Report on the cultivation of protesoma, Labbé, in grey mosquitoes
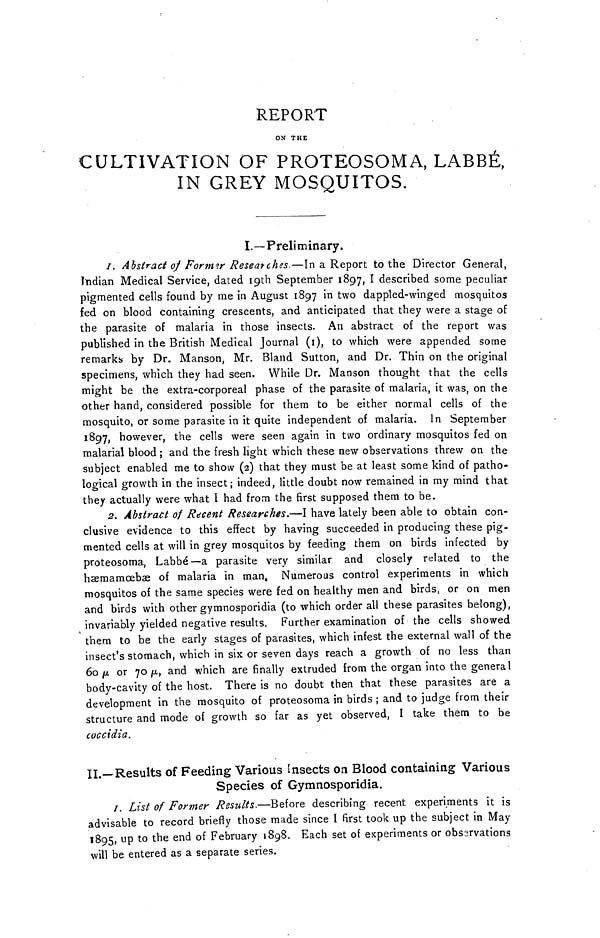
REPORT
ON THE
CULTIVATION OF PROTEOSOMA, LABBÉ,
IN GREY MOSQUITOS.
I.—Preliminary.
I. Abstract of Former Researches.—In a Report to the Director General,
Indian Medical Service, dated 19th September 1897, I described some peculiar
pigmented cells found by me in August 1897 in two dappled-winged mosquitos
fed on blood containing crescents, and anticipated that they were a stage of
the parasite of malaria in those insects. An abstract of the report was
published in the British Medical Journal (I), to which were appended some
remarks by Dr. Manson, Mr. Bland Sutton, and Dr. Thin on the original
specimens, which they had seen. While Dr. Manson thought that the cells
might be the extra-corporeal phase of the parasite of malaria, it was, on the
other hand, considered possible for them to be either normal cells of the
mosquito, or some parasite in it quite independent of malaria. In September
1897, however, the cells were seen again in two ordinary mosquitos fed on
malarial blood ; and the fresh light which these new observations threw on the
subject enabled me to show (2) that they must be at least some kind of patho-
logical growth in the insect; indeed, little doubt now remained in my mind that
they actually were what I had from the first supposed them to be.
2. Abstract of Recent Researches.—I have lately been able to obtain con-
clusive evidence to this effect by having succeeded in producing these pig-
mented cells at will in grey mosquitos by feeding them on birds infected by
proteosoma, Labbé—a parasite very similar and closely related to the
haemamcebae of malaria in man. Numerous control experiments in which
mosquitos of the same species were fed on healthy men and birds, or on men
and birds with other gymnosporidia (to which order all these parasites belong),
invariably yielded negative results, Further examination of the cells showed
them to be the early stages of parasites, which infest the external wall of the
insect's stomach, which in six or seven days reach a growth of no less than
6ο μ or 70 μ, and which are finally extruded from the organ into the general
body-cavity of the host. There is no doubt then that these parasites are a
development in the mosquito of proteosoma in birds ; and to judge from their
structure and mode of growth so far as yet observed, I take them to be
coccidia.
II.—-Results of Feeding Various insects on Blood containing Various
Species of Gymnosporidia.
I. List of Former Results.—Before describing recent experiments it is
advisable to record briefly those made since I first took up the subject in May
1895, up to the end of February 1898. Each set of experiments or observations
will be entered as a separate series.